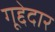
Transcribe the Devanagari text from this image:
गूद्देदार